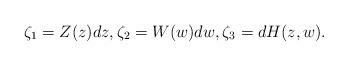
LaTeX: \begin{align*}\zeta_1=Z(z)dz,\zeta_2=W(w)dw,\zeta_3=dH(z,w).\end{align*}